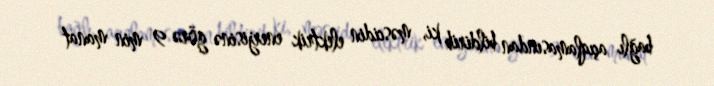
bağlı açıqlamasından bildirib ki, məscidin elektrik enerjisinə görə 9 min manat